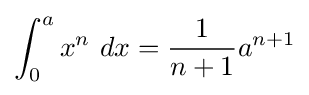
\int _{0}^{a}x^{n}\ dx={\frac {1}{n+1}}a^{n+1}